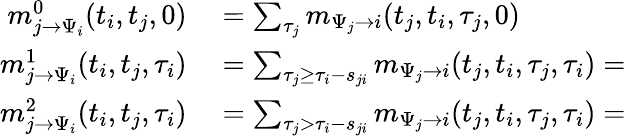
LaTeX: \begin{array}{rl}{m_{j\to\Psi_{i}}^{0}(t_{i},t_{j},0)}&{{}=\sum_{\tau_{j}}m_{\Psi_{j}\to i}(t_{j},t_{i},\tau_{j},0)}\\ {m_{j\to\Psi_{i}}^{1}(t_{i},t_{j},\tau_{i})}&{{}=\sum_{\tau_{j}\geq\tau_{i}-s_{ji}}m_{\Psi_{j}\to i}(t_{j},t_{i},\tau_{j},\tau_{i})=}\\ {m_{j\to\Psi_{i}}^{2}(t_{i},t_{j},\tau_{i})}&{{}=\sum_{\tau_{j}>\tau_{i}-s_{ji}}m_{\Psi_{j}\to i}(t_{j},t_{i},\tau_{j},\tau_{i})=}\end{array}